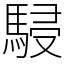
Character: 駸